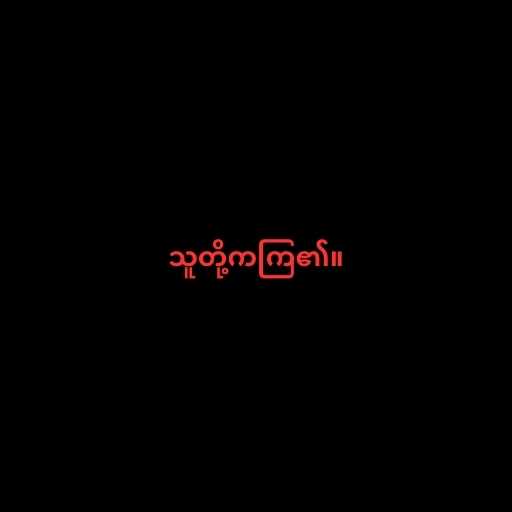
သူတို့ကကြ၏။